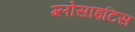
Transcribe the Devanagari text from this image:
ग्लोसाइटिस